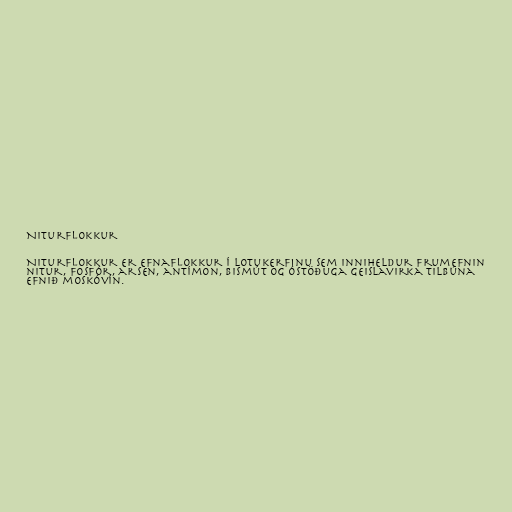
Niturflokkur

Niturflokkur er efnaflokkur í lotukerfinu sem inniheldur frumefnin
nitur, fosfór, arsen, antímon, bismút og óstöðuga geislavirka tilbúna
efnið moskóvín.